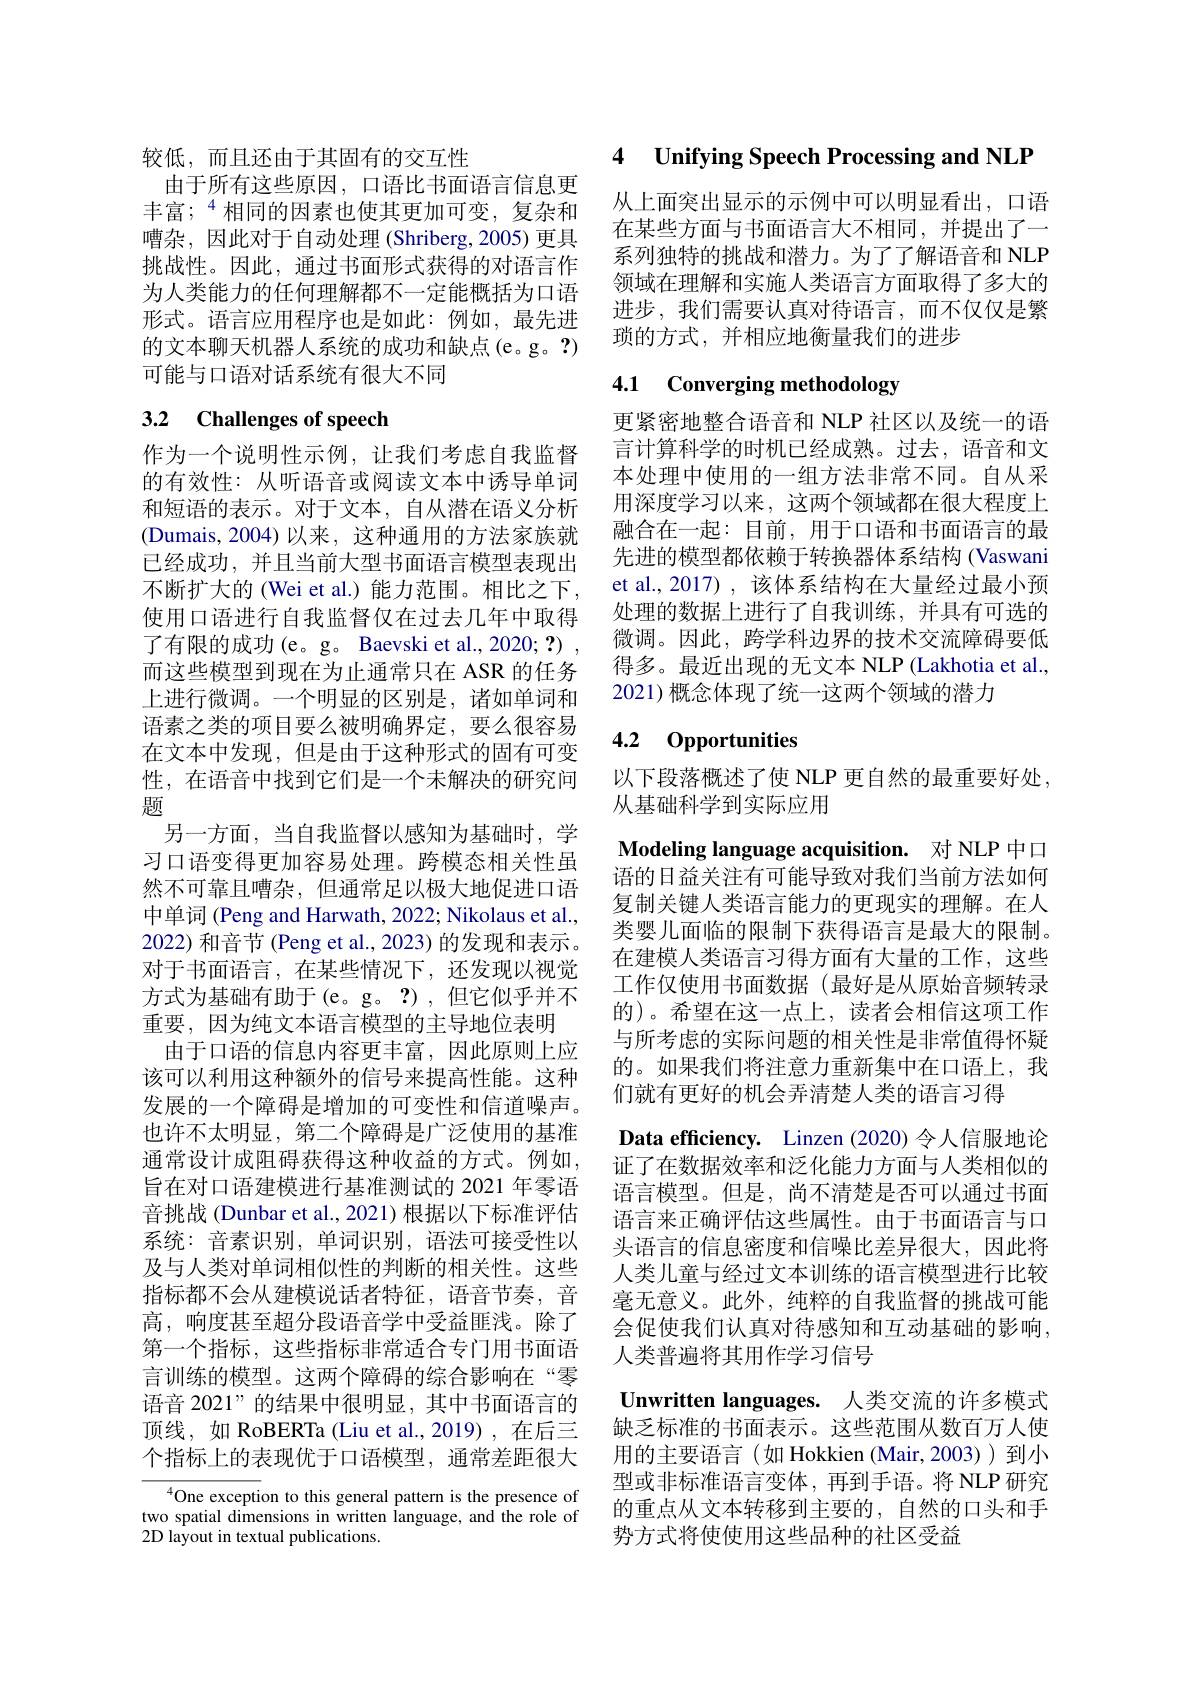
较低，而且还由于其固有的交互性
由于所有这些原因，口语比书面语言信息更丰富；$^{4}$相同的因素也使其更加可变，复杂和嘈杂，因此对于自动处理(Shriberg,2005)更具挑战性。因此，通过书面形式获得的对语言作为人类能力的任何理解都不一定能概括为口语形式。语言应用程序也是如此：例如，最先进的文本聊天机器人系统的成功和缺点(e。g。?) 可能与口语对话系统有很大不同

# 3.2 Challenges of speech

作为一个说明性示例，让我们考虑自我监督的有效性：从听语音或阅读文本中诱导单词和短语的表示。对于文本，自从潜在语义分析(Dumais,2004)以来，这种通用的方法家族就已经成功，并且当前大型书面语言模型表现出不断扩大的(Wei et al.)能力范围。相比之下， 使用口语进行自我监督仅在过去几年中取得了有限的成功(e。g。Baevski et al.,2020; ?) , 而这些模型到现在为止通常只在 ASR 的任务上进行微调。一个明显的区别是，诸如单词和语素之类的项目要么被明确界定，要么很容易在文本中发现，但是由于这种形式的固有可变性，在语音中找到它们是一个未解决的研究问题
另一方面，当自我监督以感知为基础时，学习口语变得更加容易处理。跨模态相关性虽然不可靠且嘈杂，但通常足以极大地促进口语中单词 (Peng and Harwath, 2022; Nikolaus et al., 2022) 和音节 (Peng et al., 2023) 的发现和表示。对于书面语言，在某些情况下，还发现以视觉方式为基础有助于(e。g。?),但它似乎并不重要，因为纯文本语言模型的主导地位表明
由于口语的信息内容更丰富，因此原则上应该可以利用这种额外的信号来提高性能。这种发展的一个障碍是增加的可变性和信道噪声。也许不太明显，第二个障碍是广泛使用的基准通常设计成阻碍获得这种收益的方式。例如， 旨在对口语建模进行基准测试的 2021 年零语音挑战 (Dunbar et al., 2021) 根据以下标准评估系统：音素识别，单词识别，语法可接受性以及与人类对单词相似性的判断的相关性。这些指标都不会从建模说话者特征，语音节奏，音高，响度甚至超分段语音学中受益匪浅。除了第一个指标，这些指标非常适合专门用书面语言训练的模型。这两个障碍的综合影响在“零语音 2021”的结果中很明显，其中书面语言的顶线，如 RoBERTa (Liu et al.,2019) ,在后三个指标上的表现优于口语模型，通常差距很大
$^{4}$One exception to this general pattern is the presence of

two spatial dimensions in written language, and the role of
$2{\mathrm{D~layout~in~textual~publications.}}$

4 $\textbf{Unifying Speech Processing and NLP}$

从上面突出显示的示例中可以明显看出，口语在某些方面与书面语言大不相同，并提出了一系列独特的挑战和潜力。为了了解语音和 NLP 领域在理解和实施人类语言方面取得了多大的进步，我们需要认真对待语言，而不仅仅是繁琐的方式，并相应地衡量我们的进步

# 4.1 Converging methodology

更紧密地整合语音和 NLP 社区以及统一的语言计算科学的时机已经成熟。过去，语音和文本处理中使用的一组方法非常不同。自从采用深度学习以来，这两个领域都在很大程度上融合在一起：目前，用于口语和书面语言的最先进的模型都依赖于转换器体系结构 (Vaswani et al., 2017) , 该体系结构在大量经过最小预处理的数据上进行了自我训练，并具有可选的微调。因此，跨学科边界的技术交流障碍要低得多。最近出现的无文本 NLP (Lakhotia et al., 2021)概念体现了统一这两个领域的潜力

## 4.2 Opportunities

以下段落概述了使 NLP 更自然的最重要好处，
从基础科学到实际应用
Modeling language acquisition. 对 NLP 中口语的日益关注有可能导致对我们当前方法如何复制关键人类语言能力的更现实的理解。在人类婴儿面临的限制下获得语言是最大的限制。在建模人类语言习得方面有大量的工作，这些工作仅使用书面数据(最好是从原始音频转录的)。希望在这一点上，读者会相信这项工作与所考虑的实际问题的相关性是非常值得怀疑的。如果我们将注意力重新集中在口语上，我们就有更好的机会弄清楚人类的语言习得
Data efficiency. Linzen (2020)令人信服地论证了在数据效率和泛化能力方面与人类相似的语言模型。但是，尚不清楚是否可以通过书面语言来正确评估这些属性。由于书面语言与口头语言的信息密度和信噪比差异很大，因此将人类儿童与经过文本训练的语言模型进行比较毫无意义。此外，纯粹的自我监督的挑战可能会促使我们认真对待感知和互动基础的影响， 人类普遍将其用作学习信号
Unwritten languages. 人类交流的许多模式缺乏标准的书面表示。这些范围从数百万人使用的主要语言(如 Hokkien (Mair,2003))到小型或非标准语言变体，再到手语。将 NLP 研究的重点从文本转移到主要的，自然的口头和手势方式将使使用这些品种的社区受益